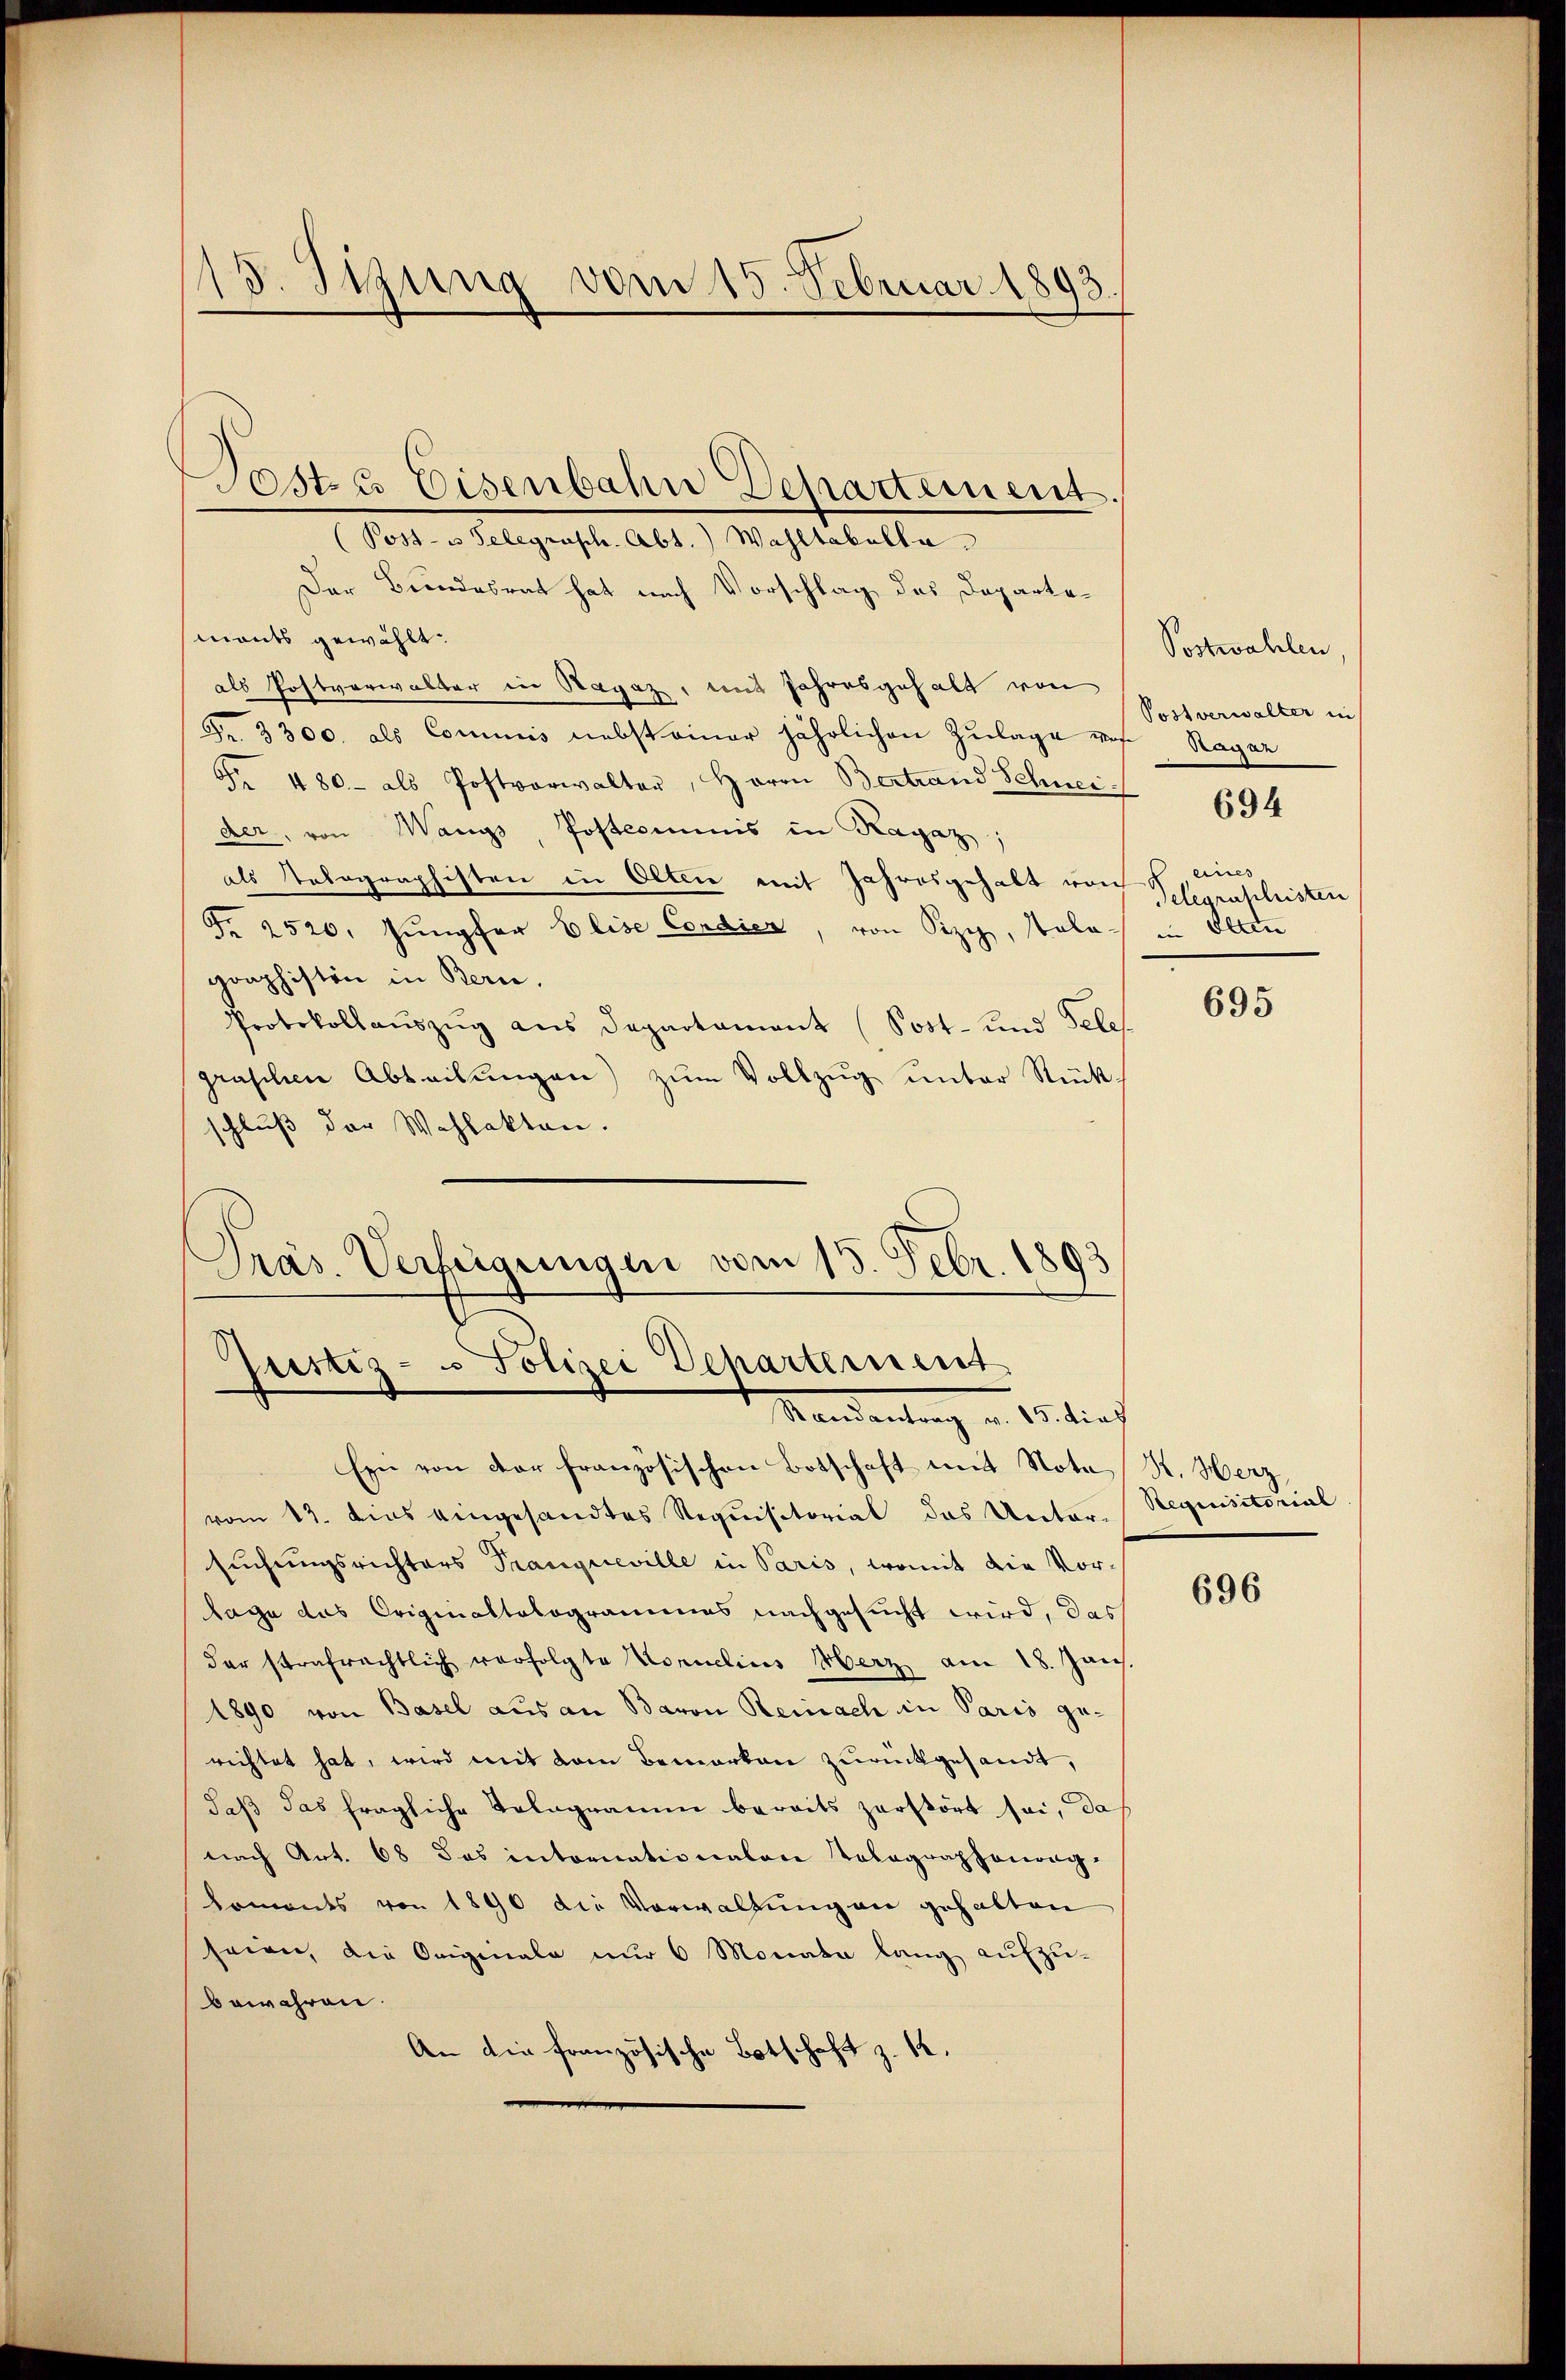
13. Sizung vom 15. Februar 1893

Sostrer Eisenbahn Departement
(Post- u Gelegrasch. Abt. Wahltabella

Der Bundesrat hat nach Vorschlag des Departemants gewählt:
als Postverwalter in Ragaz, mit Jahresgehalt von
Fr. 3300. als Commis nebst einer jährlichen Zulage von Ragar
 480- als Postverwalter, Herrn Bertrand Schnei
der, von Wanys, Postcommis in Ragaz
als Telegraphisten in Olten mit Jahresgehalt von , eines
Fr. 2520. Jungfer Elise Condier, von Pizy, Pala in Olten
graphiston in Bern.
Protokollauszug aus Departament (Post- und Tele
graschen Abteilŭngen) zum Vollzug unter Rück
schluß der Wahlakten.
Präs. Verfügungen vom 15. Febr. 1893

justiz- u Polizei Departement
Mandantrag v. 15 tief

Ein von der französischen Botschaft mit Nota
vom 13. dies eingesandtes Requisitorial das Unter- Requisitorial
suchungsrichters Tranqueville in Paris, womit die Vor-
lage das Originaltalogrammes nachgesucht wird, das
der strafrechtlich verfolgte Konnelius Merz am 18. Jan.
1890 von Basel aus an Baron Reinach in Paris gerichtet hat, wird mit dem Bemerken zurückgesandt,
daß das fragliche Telegramm bereits zerstört sei, da
nach Art. 68 das intornationalere Totagraphonong.
koments von 1890 die Vorwaltung an gehalten
seien, die Originale nur 6 Monata lang aufzubewahren.
An die französische Botschaft z. 12.

Postwahlen,
Postverwalter in
694
Gelegruschristen

695

H. Herz

696